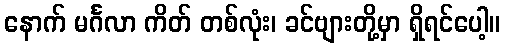
နောက် မင်္ဂလာ ကိတ် တစ်လုံး၊ ခင်ဗျားတို့မှာ ရှိရင်ပေါ့။